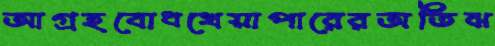
আগ্রহবোধখেয়াপারেরঅতিঝ